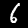
Digit: 6